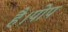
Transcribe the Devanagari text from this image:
है।पोप